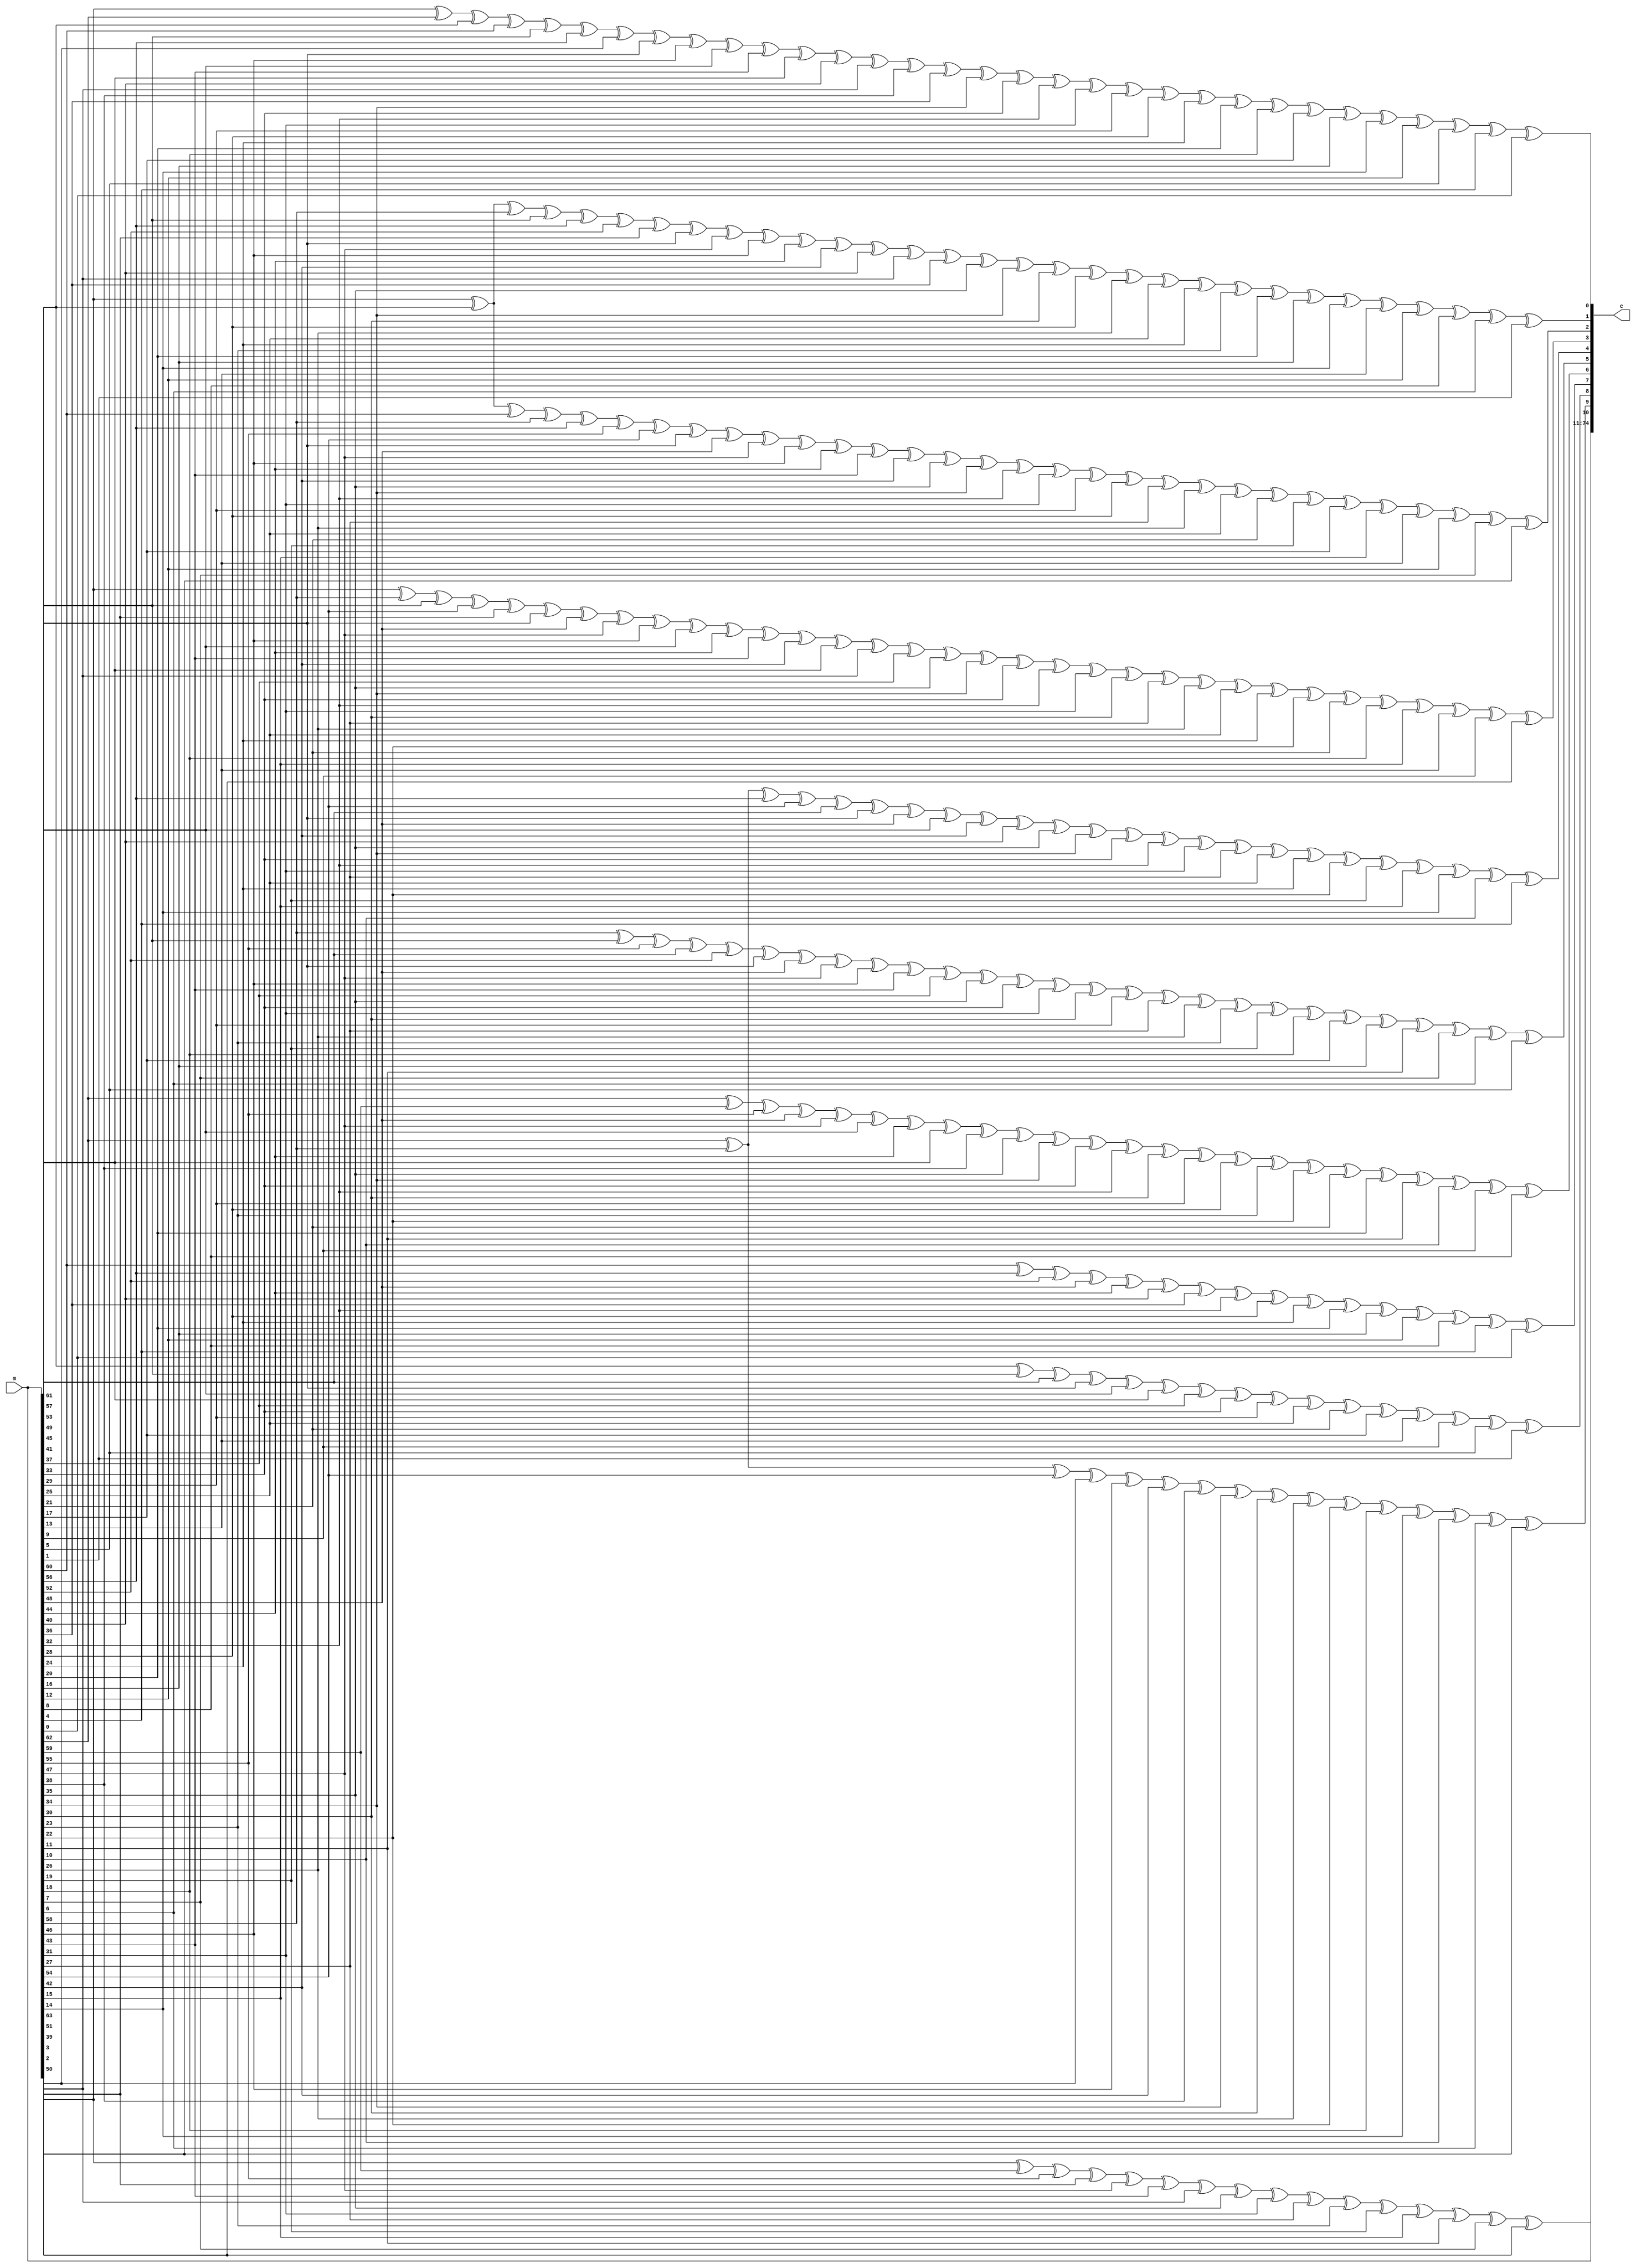
module encoder (
	input [0:63] m,
	output [0:74] c
);

	wire [0:10] p;

	assign p[0] = m[0] ^ m[4] ^ m[8] ^ m[12] ^ m[16] ^ m[20] ^ m[24] ^ m[28] ^ m[32] ^ m[36] ^ m[40] ^ m[44] ^ m[48] ^ m[52] ^ m[56] ^ m[60];
	assign p[1] = m[1] ^ m[5] ^ m[9] ^ m[13] ^ m[17] ^ m[21] ^ m[25] ^ m[29] ^ m[33] ^ m[37] ^ m[41] ^ m[45] ^ m[49] ^ m[53] ^ m[57] ^ m[61];
	assign p[2] = m[2] ^ m[6] ^ m[10] ^ m[14] ^ m[18] ^ m[22] ^ m[26] ^ m[30] ^ m[34] ^ m[38] ^ m[42] ^ m[46] ^ m[50] ^ m[54] ^ m[58] ^ m[62];
	assign p[3] = m[3] ^ m[7] ^ m[11] ^ m[15] ^ m[19] ^ m[23] ^ m[27] ^ m[31] ^ m[35] ^ m[39] ^ m[43] ^ m[47] ^ m[51] ^ m[55] ^ m[59] ^ m[63];
	assign p[4] = m[1] ^ m[4] ^ m[8] ^ m[15] ^ m[16] ^ m[18] ^ m[19] ^ m[22] ^ m[25] ^ m[28] ^ m[29] ^ m[30] ^ m[31] ^ m[33] ^ m[34] ^ m[35] ^ m[40] ^ m[41] ^ m[42] ^ m[43] ^ m[52] ^ m[53] ^ m[54] ^ m[55];
	assign p[5] = m[5] ^ m[6] ^ m[8] ^ m[10] ^ m[11] ^ m[14] ^ m[15] ^ m[16] ^ m[17] ^ m[20] ^ m[26] ^ m[28] ^ m[30] ^ m[32] ^ m[33] ^ m[34] ^ m[36] ^ m[37] ^ m[40] ^ m[44] ^ m[45] ^ m[46] ^ m[47] ^ m[52] ^ m[56] ^ m[57] ^ m[58];
	assign p[6] = m[1] ^ m[5] ^ m[7] ^ m[9] ^ m[10] ^ m[14] ^ m[15] ^ m[18] ^ m[21] ^ m[23] ^ m[28] ^ m[29] ^ m[30] ^ m[31] ^ m[32] ^ m[36] ^ m[38] ^ m[39] ^ m[41] ^ m[44] ^ m[48] ^ m[49] ^ m[53] ^ m[59];
	assign p[7] = m[0] ^ m[5] ^ m[6] ^ m[9] ^ m[12] ^ m[14] ^ m[15] ^ m[16] ^ m[17] ^ m[18] ^ m[19] ^ m[20] ^ m[21] ^ m[22] ^ m[24] ^ m[26] ^ m[28] ^ m[29] ^ m[30] ^ m[31] ^ m[32] ^ m[33] ^ m[36] ^ m[37] ^ m[38] ^ m[39] ^ m[41] ^ m[42] ^ m[45] ^ m[48] ^ m[50] ^ m[54] ^ m[60];
	assign p[8] = m[0] ^ m[2] ^ m[3] ^ m[5] ^ m[7] ^ m[8] ^ m[9] ^ m[14] ^ m[15] ^ m[16] ^ m[17] ^ m[19] ^ m[20] ^ m[21] ^ m[28] ^ m[29] ^ m[31] ^ m[32] ^ m[34] ^ m[35] ^ m[36] ^ m[37] ^ m[38] ^ m[42] ^ m[44] ^ m[46] ^ m[48] ^ m[50] ^ m[51] ^ m[56] ^ m[61];
	assign p[9] = m[0] ^ m[2] ^ m[5] ^ m[6] ^ m[7] ^ m[11] ^ m[12] ^ m[14] ^ m[16] ^ m[17] ^ m[19] ^ m[21] ^ m[23] ^ m[24] ^ m[27] ^ m[28] ^ m[29] ^ m[33] ^ m[35] ^ m[37] ^ m[38] ^ m[39] ^ m[40] ^ m[43] ^ m[47] ^ m[49] ^ m[50] ^ m[51] ^ m[55] ^ m[57] ^ m[62];
	assign p[10] = m[0] ^ m[1] ^ m[2] ^ m[3] ^ m[6] ^ m[7] ^ m[13] ^ m[14] ^ m[17] ^ m[18] ^ m[20] ^ m[22] ^ m[23] ^ m[24] ^ m[25] ^ m[27] ^ m[29] ^ m[30] ^ m[31] ^ m[32] ^ m[34] ^ m[35] ^ m[39] ^ m[43] ^ m[45] ^ m[46] ^ m[47] ^ m[49] ^ m[51] ^ m[58] ^ m[59] ^ m[63];

	assign c = {m,p};

endmodule

module decoder (
	input [0:74] c,
	output [0:63] m
);

	wire [0:10] p, s;
	wire [0:63] b, en;
	assign b = c[0:63];
	assign p = c[64:74];

	assign s[0] = p[0] ^ b[0] ^ b[4] ^ b[8] ^ b[12] ^ b[16] ^ b[20] ^ b[24] ^ b[28] ^ b[32] ^ b[36] ^ b[40] ^ b[44] ^ b[48] ^ b[52] ^ b[56] ^ b[60];
	assign s[1] = p[1] ^ b[1] ^ b[5] ^ b[9] ^ b[13] ^ b[17] ^ b[21] ^ b[25] ^ b[29] ^ b[33] ^ b[37] ^ b[41] ^ b[45] ^ b[49] ^ b[53] ^ b[57] ^ b[61];
	assign s[2] = p[2] ^ b[2] ^ b[6] ^ b[10] ^ b[14] ^ b[18] ^ b[22] ^ b[26] ^ b[30] ^ b[34] ^ b[38] ^ b[42] ^ b[46] ^ b[50] ^ b[54] ^ b[58] ^ b[62];
	assign s[3] = p[3] ^ b[3] ^ b[7] ^ b[11] ^ b[15] ^ b[19] ^ b[23] ^ b[27] ^ b[31] ^ b[35] ^ b[39] ^ b[43] ^ b[47] ^ b[51] ^ b[55] ^ b[59] ^ b[63];
	assign s[4] = p[4] ^ b[1] ^ b[4] ^ b[8] ^ b[15] ^ b[16] ^ b[18] ^ b[19] ^ b[22] ^ b[25] ^ b[28] ^ b[29] ^ b[30] ^ b[31] ^ b[33] ^ b[34] ^ b[35] ^ b[40] ^ b[41] ^ b[42] ^ b[43] ^ b[52] ^ b[53] ^ b[54] ^ b[55];
	assign s[5] = p[5] ^ b[5] ^ b[6] ^ b[8] ^ b[10] ^ b[11] ^ b[14] ^ b[15] ^ b[16] ^ b[17] ^ b[20] ^ b[26] ^ b[28] ^ b[30] ^ b[32] ^ b[33] ^ b[34] ^ b[36] ^ b[37] ^ b[40] ^ b[44] ^ b[45] ^ b[46] ^ b[47] ^ b[52] ^ b[56] ^ b[57] ^ b[58];
	assign s[6] = p[6] ^ b[1] ^ b[5] ^ b[7] ^ b[9] ^ b[10] ^ b[14] ^ b[15] ^ b[18] ^ b[21] ^ b[23] ^ b[28] ^ b[29] ^ b[30] ^ b[31] ^ b[32] ^ b[36] ^ b[38] ^ b[39] ^ b[41] ^ b[44] ^ b[48] ^ b[49] ^ b[53] ^ b[59];
	assign s[7] = p[7] ^ b[0] ^ b[5] ^ b[6] ^ b[9] ^ b[12] ^ b[14] ^ b[15] ^ b[16] ^ b[17] ^ b[18] ^ b[19] ^ b[20] ^ b[21] ^ b[22] ^ b[24] ^ b[26] ^ b[28] ^ b[29] ^ b[30] ^ b[31] ^ b[32] ^ b[33] ^ b[36] ^ b[37] ^ b[38] ^ b[39] ^ b[41] ^ b[42] ^ b[45] ^ b[48] ^ b[50] ^ b[54] ^ b[60];
	assign s[8] = p[8] ^ b[0] ^ b[2] ^ b[3] ^ b[5] ^ b[7] ^ b[8] ^ b[9] ^ b[14] ^ b[15] ^ b[16] ^ b[17] ^ b[19] ^ b[20] ^ b[21] ^ b[28] ^ b[29] ^ b[31] ^ b[32] ^ b[34] ^ b[35] ^ b[36] ^ b[37] ^ b[38] ^ b[42] ^ b[44] ^ b[46] ^ b[48] ^ b[50] ^ b[51] ^ b[56] ^ b[61];
	assign s[9] = p[9] ^ b[0] ^ b[2] ^ b[5] ^ b[6] ^ b[7] ^ b[11] ^ b[12] ^ b[14] ^ b[16] ^ b[17] ^ b[19] ^ b[21] ^ b[23] ^ b[24] ^ b[27] ^ b[28] ^ b[29] ^ b[33] ^ b[35] ^ b[37] ^ b[38] ^ b[39] ^ b[40] ^ b[43] ^ b[47] ^ b[49] ^ b[50] ^ b[51] ^ b[55] ^ b[57] ^ b[62];
	assign s[10] = p[10] ^ b[0] ^ b[1] ^ b[2] ^ b[3] ^ b[6] ^ b[7] ^ b[13] ^ b[14] ^ b[17] ^ b[18] ^ b[20] ^ b[22] ^ b[23] ^ b[24] ^ b[25] ^ b[27] ^ b[29] ^ b[30] ^ b[31] ^ b[32] ^ b[34] ^ b[35] ^ b[39] ^ b[43] ^ b[45] ^ b[46] ^ b[47] ^ b[49] ^ b[51] ^ b[58] ^ b[59] ^ b[63];

	assign en[0] = (s[4] ^ s[1]) | (s[5]) | (s[6] ^ s[1]) | (s[7] ^ s[0]) | (s[8] ^ s[0] ^ s[2] ^ s[3]) | (s[9] ^ s[0] ^ s[2]) | (s[10] ^ s[0] ^ s[1] ^ s[2] ^ s[3]);
	assign en[1] = (s[4] ^ s[1] ^ s[0]) | (s[5]) | (s[6] ^ s[1]) | (s[7]) | (s[8] ^ s[2] ^ s[3]) | (s[9] ^ s[2]) | (s[10] ^ s[1] ^ s[2] ^ s[3]);
	assign en[2] = (s[4] ^ s[0]) | (s[5] ^ s[1]) | (s[6] ^ s[1]) | (s[7] ^ s[1]) | (s[8] ^ s[2] ^ s[3] ^ s[1]) | (s[9] ^ s[2] ^ s[1]) | (s[10] ^ s[2] ^ s[3]);
	assign en[3] = (s[4] ^ s[0]) | (s[5] ^ s[1] ^ s[2]) | (s[6] ^ s[1]) | (s[7] ^ s[1] ^ s[2]) | (s[8] ^ s[3] ^ s[1]) | (s[9] ^ s[1] ^ s[2]) | (s[10] ^ s[3] ^ s[2]);
	assign en[4] = (s[4] ^ s[0]) | (s[5] ^ s[1] ^ s[2]) | (s[6] ^ s[1] ^ s[3]) | (s[7] ^ s[1] ^ s[2]) | (s[8] ^ s[1] ^ s[3]) | (s[9] ^ s[1] ^ s[2] ^ s[3]) | (s[10] ^ s[2] ^ s[3]);
	assign en[5] = (s[4] ^ s[0]) | (s[5] ^ s[1] ^ s[2] ^ s[0]) | (s[6] ^ s[1] ^ s[3]) | (s[7] ^ s[1] ^ s[2]) | (s[8] ^ s[1] ^ s[3] ^ s[0]) | (s[9] ^ s[1] ^ s[2] ^ s[3]) | (s[10] ^ s[2] ^ s[3]);
	assign en[6] = (s[4] ^ s[0]) | (s[5] ^ s[2] ^ s[0]) | (s[6] ^ s[3] ^ s[1]) | (s[7] ^ s[2] ^ s[1]) | (s[8] ^ s[3] ^ s[0] ^ s[1]) | (s[9] ^ s[2] ^ s[3]) | (s[10] ^ s[2] ^ s[3]);
	assign en[7] = (s[4] ^ s[0]) | (s[5] ^ s[0] ^ s[2]) | (s[6] ^ s[3] ^ s[1] ^ s[2]) | (s[7] ^ s[1]) | (s[8] ^ s[3] ^ s[0] ^ s[1]) | (s[9] ^ s[3]) | (s[10] ^ s[3]);
	assign en[8] = (s[4] ^ s[0]) | (s[5] ^ s[0] ^ s[2] ^ s[3]) | (s[6] ^ s[1] ^ s[2]) | (s[7] ^ s[1]) | (s[8] ^ s[0] ^ s[1]) | (s[9] ^ s[3]) | (s[10]);
	assign en[9] = (s[4]) | (s[5] ^ s[2] ^ s[3]) | (s[6] ^ s[1] ^ s[2]) | (s[7] ^ s[1] ^ s[0]) | (s[8] ^ s[1]) | (s[9] ^ s[3] ^ s[0]) | (s[10]);
	assign en[10] = (s[4]) | (s[5] ^ s[2] ^ s[3]) | (s[6] ^ s[2]) | (s[7] ^ s[0]) | (s[8]) | (s[9] ^ s[3] ^ s[0]) | (s[10] ^ s[1]);
	assign en[11] = (s[4]) | (s[5] ^ s[3] ^ s[2]) | (s[6] ^ s[2]) | (s[7] ^ s[0] ^ s[2]) | (s[8] ^ s[2]) | (s[9] ^ s[3] ^ s[0] ^ s[2]) | (s[10] ^ s[1] ^ s[2]);
	assign en[12] = (s[4] ^ s[3]) | (s[5] ^ s[2] ^ s[3]) | (s[6] ^ s[2] ^ s[3]) | (s[7] ^ s[0] ^ s[2] ^ s[3]) | (s[8] ^ s[2] ^ s[3]) | (s[9] ^ s[0] ^ s[2]) | (s[10] ^ s[1] ^ s[2]);
	assign en[13] = (s[4] ^ s[3] ^ s[0]) | (s[5] ^ s[2] ^ s[3] ^ s[0]) | (s[6] ^ s[2] ^ s[3]) | (s[7] ^ s[2] ^ s[3] ^ s[0]) | (s[8] ^ s[2] ^ s[3] ^ s[0]) | (s[9] ^ s[2] ^ s[0]) | (s[10] ^ s[1] ^ s[2]);
	assign en[14] = (s[4] ^ s[3] ^ s[0]) | (s[5] ^ s[2] ^ s[3] ^ s[0] ^ s[1]) | (s[6] ^ s[2] ^ s[3]) | (s[7] ^ s[2] ^ s[3] ^ s[0] ^ s[1]) | (s[8] ^ s[2] ^ s[3] ^ s[0] ^ s[1]) | (s[9] ^ s[2] ^ s[0] ^ s[1]) | (s[10] ^ s[2] ^ s[1]);
	assign en[15] = (s[4] ^ s[3] ^ s[0] ^ s[2]) | (s[5] ^ s[3] ^ s[0] ^ s[1]) | (s[6] ^ s[3] ^ s[2]) | (s[7] ^ s[3] ^ s[0] ^ s[1] ^ s[2]) | (s[8] ^ s[3] ^ s[0] ^ s[1]) | (s[9] ^ s[0] ^ s[1]) | (s[10] ^ s[1] ^ s[2]);
	assign en[16] = (s[4] ^ s[0] ^ s[2] ^ s[3]) | (s[5] ^ s[0] ^ s[1]) | (s[6] ^ s[2]) | (s[7] ^ s[0] ^ s[1] ^ s[2] ^ s[3]) | (s[8] ^ s[0] ^ s[1] ^ s[3]) | (s[9] ^ s[0] ^ s[1] ^ s[3]) | (s[10] ^ s[1] ^ s[2]);
	assign en[17] = (s[4] ^ s[2] ^ s[3]) | (s[5] ^ s[1] ^ s[0]) | (s[6] ^ s[2]) | (s[7] ^ s[1] ^ s[2] ^ s[3] ^ s[0]) | (s[8] ^ s[1] ^ s[3] ^ s[0]) | (s[9] ^ s[1] ^ s[3]) | (s[10] ^ s[1] ^ s[2] ^ s[0]);
	assign en[18] = (s[4] ^ s[2] ^ s[3]) | (s[5] ^ s[0]) | (s[6] ^ s[2] ^ s[1]) | (s[7] ^ s[2] ^ s[3] ^ s[0] ^ s[1]) | (s[8] ^ s[3] ^ s[0] ^ s[1]) | (s[9] ^ s[3] ^ s[1]) | (s[10] ^ s[2] ^ s[0]);
	assign en[19] = (s[4] ^ s[3] ^ s[2]) | (s[5] ^ s[0]) | (s[6] ^ s[1]) | (s[7] ^ s[3] ^ s[0] ^ s[1] ^ s[2]) | (s[8] ^ s[3] ^ s[0] ^ s[1]) | (s[9] ^ s[3] ^ s[1]) | (s[10] ^ s[0] ^ s[2]);
	assign en[20] = (s[4] ^ s[2]) | (s[5] ^ s[0]) | (s[6] ^ s[1] ^ s[3]) | (s[7] ^ s[0] ^ s[1] ^ s[2]) | (s[8] ^ s[0] ^ s[1]) | (s[9] ^ s[1] ^ s[3]) | (s[10] ^ s[0] ^ s[2] ^ s[3]);
	assign en[21] = (s[4] ^ s[2]) | (s[5]) | (s[6] ^ s[1] ^ s[3]) | (s[7] ^ s[1] ^ s[2] ^ s[0]) | (s[8] ^ s[1]) | (s[9] ^ s[1] ^ s[3] ^ s[0]) | (s[10] ^ s[2] ^ s[3] ^ s[0]);
	assign en[22] = (s[4] ^ s[2] ^ s[1]) | (s[5]) | (s[6] ^ s[3]) | (s[7] ^ s[2] ^ s[0]) | (s[8]) | (s[9] ^ s[3] ^ s[0]) | (s[10] ^ s[2] ^ s[3] ^ s[0] ^ s[1]);
	assign en[23] = (s[4] ^ s[1]) | (s[5] ^ s[2]) | (s[6] ^ s[3]) | (s[7] ^ s[0] ^ s[2]) | (s[8]) | (s[9] ^ s[3] ^ s[0]) | (s[10] ^ s[3] ^ s[0] ^ s[1]);
	assign en[24] = (s[4] ^ s[1]) | (s[5] ^ s[2]) | (s[6]) | (s[7] ^ s[0] ^ s[2]) | (s[8]) | (s[9] ^ s[0] ^ s[3]) | (s[10] ^ s[0] ^ s[1] ^ s[3]);
	assign en[25] = (s[4] ^ s[1] ^ s[0]) | (s[5] ^ s[2] ^ s[0]) | (s[6] ^ s[0]) | (s[7] ^ s[2] ^ s[0]) | (s[8] ^ s[0]) | (s[9] ^ s[3] ^ s[0]) | (s[10] ^ s[1] ^ s[3]);
	assign en[26] = (s[4] ^ s[0] ^ s[1]) | (s[5] ^ s[2] ^ s[0]) | (s[6] ^ s[0] ^ s[1]) | (s[7] ^ s[2] ^ s[0] ^ s[1]) | (s[8] ^ s[0] ^ s[1]) | (s[9] ^ s[3] ^ s[0] ^ s[1]) | (s[10] ^ s[3] ^ s[1]);
	assign en[27] = (s[4] ^ s[0] ^ s[1] ^ s[2]) | (s[5] ^ s[0] ^ s[2]) | (s[6] ^ s[0] ^ s[1] ^ s[2]) | (s[7] ^ s[0] ^ s[1] ^ s[2]) | (s[8] ^ s[0] ^ s[1]) | (s[9] ^ s[3] ^ s[0] ^ s[1]) | (s[10] ^ s[3] ^ s[1] ^ s[2]);
	assign en[28] = (s[4] ^ s[0] ^ s[1] ^ s[2] ^ s[3]) | (s[5] ^ s[0] ^ s[2]) | (s[6] ^ s[0] ^ s[1] ^ s[2] ^ s[3]) | (s[7] ^ s[0] ^ s[1] ^ s[2] ^ s[3]) | (s[8] ^ s[0] ^ s[1] ^ s[3]) | (s[9] ^ s[0] ^ s[1]) | (s[10] ^ s[1] ^ s[2] ^ s[3]);
	assign en[29] = (s[4] ^ s[1] ^ s[2] ^ s[3]) | (s[5] ^ s[2] ^ s[0]) | (s[6] ^ s[1] ^ s[2] ^ s[3] ^ s[0]) | (s[7] ^ s[1] ^ s[2] ^ s[3] ^ s[0]) | (s[8] ^ s[1] ^ s[3] ^ s[0]) | (s[9] ^ s[1]) | (s[10] ^ s[1] ^ s[2] ^ s[3] ^ s[0]);
	assign en[30] = (s[4] ^ s[2] ^ s[3] ^ s[1]) | (s[5] ^ s[2] ^ s[0] ^ s[1]) | (s[6] ^ s[2] ^ s[3] ^ s[0]) | (s[7] ^ s[2] ^ s[3] ^ s[0] ^ s[1]) | (s[8] ^ s[3] ^ s[0]) | (s[9] ^ s[1]) | (s[10] ^ s[2] ^ s[3] ^ s[0]);
	assign en[31] = (s[4] ^ s[3] ^ s[1] ^ s[2]) | (s[5] ^ s[0] ^ s[1] ^ s[2]) | (s[6] ^ s[3] ^ s[0]) | (s[7] ^ s[3] ^ s[0] ^ s[1]) | (s[8] ^ s[3] ^ s[0] ^ s[2]) | (s[9] ^ s[1]) | (s[10] ^ s[3] ^ s[0] ^ s[2]);
	assign en[32] = (s[4] ^ s[1] ^ s[2] ^ s[3]) | (s[5] ^ s[0] ^ s[1] ^ s[2]) | (s[6] ^ s[0]) | (s[7] ^ s[0] ^ s[1]) | (s[8] ^ s[0] ^ s[2] ^ s[3]) | (s[9] ^ s[1] ^ s[3]) | (s[10] ^ s[0] ^ s[2] ^ s[3]);
	assign en[33] = (s[4] ^ s[1] ^ s[2] ^ s[3]) | (s[5] ^ s[1] ^ s[2] ^ s[0]) | (s[6] ^ s[0]) | (s[7] ^ s[1] ^ s[0]) | (s[8] ^ s[2] ^ s[3] ^ s[0]) | (s[9] ^ s[1] ^ s[3]) | (s[10] ^ s[2] ^ s[3]);
	assign en[34] = (s[4] ^ s[2] ^ s[3]) | (s[5] ^ s[2] ^ s[0] ^ s[1]) | (s[6] ^ s[0]) | (s[7] ^ s[0] ^ s[1]) | (s[8] ^ s[2] ^ s[3] ^ s[0] ^ s[1]) | (s[9] ^ s[3] ^ s[1]) | (s[10] ^ s[2] ^ s[3]);
	assign en[35] = (s[4] ^ s[3]) | (s[5] ^ s[0] ^ s[1]) | (s[6] ^ s[0] ^ s[2]) | (s[7] ^ s[0] ^ s[1] ^ s[2]) | (s[8] ^ s[3] ^ s[0] ^ s[1] ^ s[2]) | (s[9] ^ s[3] ^ s[1] ^ s[2]) | (s[10] ^ s[3]);
	assign en[36] = (s[4]) | (s[5] ^ s[0] ^ s[1]) | (s[6] ^ s[0] ^ s[2] ^ s[3]) | (s[7] ^ s[0] ^ s[1] ^ s[2] ^ s[3]) | (s[8] ^ s[0] ^ s[1] ^ s[2]) | (s[9] ^ s[1] ^ s[2] ^ s[3]) | (s[10] ^ s[3]);
	assign en[37] = (s[4] ^ s[0]) | (s[5] ^ s[1] ^ s[0]) | (s[6] ^ s[2] ^ s[3]) | (s[7] ^ s[1] ^ s[2] ^ s[3]) | (s[8] ^ s[1] ^ s[2]) | (s[9] ^ s[1] ^ s[2] ^ s[3] ^ s[0]) | (s[10] ^ s[3]);
	assign en[38] = (s[4] ^ s[0] ^ s[1]) | (s[5] ^ s[0]) | (s[6] ^ s[2] ^ s[3] ^ s[1]) | (s[7] ^ s[2] ^ s[3] ^ s[1]) | (s[8] ^ s[2]) | (s[9] ^ s[2] ^ s[3] ^ s[0]) | (s[10] ^ s[3]);
	assign en[39] = (s[4] ^ s[0] ^ s[1] ^ s[2]) | (s[5] ^ s[0]) | (s[6] ^ s[3] ^ s[1]) | (s[7] ^ s[3] ^ s[1] ^ s[2]) | (s[8] ^ s[2]) | (s[9] ^ s[3] ^ s[0]) | (s[10] ^ s[3]);
	assign en[40] = (s[4] ^ s[0] ^ s[1] ^ s[2] ^ s[3]) | (s[5] ^ s[0]) | (s[6] ^ s[1]) | (s[7] ^ s[1] ^ s[2]) | (s[8] ^ s[2]) | (s[9] ^ s[0] ^ s[3]) | (s[10] ^ s[3]);
	assign en[41] = (s[4] ^ s[1] ^ s[2] ^ s[3]) | (s[5] ^ s[0]) | (s[6] ^ s[1] ^ s[0]) | (s[7] ^ s[1] ^ s[2]) | (s[8] ^ s[2] ^ s[0]) | (s[9] ^ s[3]) | (s[10] ^ s[3]);
	assign en[42] = (s[4] ^ s[2] ^ s[3]) | (s[5] ^ s[0] ^ s[1]) | (s[6] ^ s[0]) | (s[7] ^ s[2] ^ s[1]) | (s[8] ^ s[2] ^ s[0]) | (s[9] ^ s[3]) | (s[10] ^ s[3] ^ s[1]);
	assign en[43] = (s[4] ^ s[3]) | (s[5] ^ s[0] ^ s[1] ^ s[2]) | (s[6] ^ s[0]) | (s[7] ^ s[1]) | (s[8] ^ s[0] ^ s[2]) | (s[9] ^ s[3]) | (s[10] ^ s[3] ^ s[1] ^ s[2]);
	assign en[44] = (s[4]) | (s[5] ^ s[0] ^ s[1] ^ s[2] ^ s[3]) | (s[6] ^ s[0]) | (s[7] ^ s[1]) | (s[8] ^ s[0] ^ s[2]) | (s[9] ^ s[3]) | (s[10] ^ s[1] ^ s[2] ^ s[3]);
	assign en[45] = (s[4]) | (s[5] ^ s[1] ^ s[2] ^ s[3]) | (s[6] ^ s[0]) | (s[7] ^ s[1] ^ s[0]) | (s[8] ^ s[2] ^ s[0]) | (s[9] ^ s[3]) | (s[10] ^ s[1] ^ s[2] ^ s[3]);
	assign en[46] = (s[4]) | (s[5] ^ s[2] ^ s[3]) | (s[6] ^ s[0] ^ s[1]) | (s[7] ^ s[0]) | (s[8] ^ s[2] ^ s[0]) | (s[9] ^ s[3] ^ s[1]) | (s[10] ^ s[2] ^ s[3] ^ s[1]);
	assign en[47] = (s[4]) | (s[5] ^ s[3]) | (s[6] ^ s[0] ^ s[1]) | (s[7] ^ s[0] ^ s[2]) | (s[8] ^ s[0] ^ s[2]) | (s[9] ^ s[3] ^ s[1] ^ s[2]) | (s[10] ^ s[3] ^ s[1]);
	assign en[48] = (s[4]) | (s[5]) | (s[6] ^ s[0] ^ s[1]) | (s[7] ^ s[0] ^ s[2]) | (s[8] ^ s[0] ^ s[2] ^ s[3]) | (s[9] ^ s[1] ^ s[2] ^ s[3]) | (s[10] ^ s[1] ^ s[3]);
	assign en[49] = (s[4] ^ s[0]) | (s[5] ^ s[0]) | (s[6] ^ s[1]) | (s[7] ^ s[2]) | (s[8] ^ s[2] ^ s[3]) | (s[9] ^ s[1] ^ s[2] ^ s[3]) | (s[10] ^ s[1] ^ s[3]);
	assign en[50] = (s[4] ^ s[0] ^ s[1]) | (s[5] ^ s[0]) | (s[6] ^ s[1]) | (s[7] ^ s[2]) | (s[8] ^ s[2] ^ s[3]) | (s[9] ^ s[2] ^ s[3]) | (s[10] ^ s[3]);
	assign en[51] = (s[4] ^ s[0] ^ s[1] ^ s[2]) | (s[5] ^ s[0]) | (s[6] ^ s[1]) | (s[7] ^ s[2]) | (s[8] ^ s[3]) | (s[9] ^ s[3]) | (s[10] ^ s[3]);
	assign en[52] = (s[4] ^ s[0] ^ s[1] ^ s[2] ^ s[3]) | (s[5] ^ s[0]) | (s[6] ^ s[1]) | (s[7] ^ s[2]) | (s[8]) | (s[9] ^ s[3]) | (s[10]);
	assign en[53] = (s[4] ^ s[1] ^ s[2] ^ s[3]) | (s[5] ^ s[0]) | (s[6] ^ s[1]) | (s[7] ^ s[2]) | (s[8] ^ s[0]) | (s[9] ^ s[3]) | (s[10]);
	assign en[54] = (s[4] ^ s[2] ^ s[3]) | (s[5] ^ s[0] ^ s[1]) | (s[6]) | (s[7] ^ s[2]) | (s[8] ^ s[0]) | (s[9] ^ s[3] ^ s[1]) | (s[10]);
	assign en[55] = (s[4] ^ s[3]) | (s[5] ^ s[0] ^ s[1] ^ s[2]) | (s[6]) | (s[7]) | (s[8] ^ s[0]) | (s[9] ^ s[3] ^ s[1]) | (s[10] ^ s[2]);
	assign en[56] = (s[4]) | (s[5] ^ s[0] ^ s[1] ^ s[2]) | (s[6] ^ s[3]) | (s[7]) | (s[8] ^ s[0]) | (s[9] ^ s[1]) | (s[10] ^ s[2] ^ s[3]);
	assign en[57] = (s[4]) | (s[5] ^ s[1] ^ s[2]) | (s[6] ^ s[3]) | (s[7] ^ s[0]) | (s[8]) | (s[9] ^ s[1]) | (s[10] ^ s[2] ^ s[3]);
	assign en[58] = (s[4]) | (s[5] ^ s[2]) | (s[6] ^ s[3]) | (s[7] ^ s[0]) | (s[8] ^ s[1]) | (s[9]) | (s[10] ^ s[2] ^ s[3]);
	assign en[59] = (s[4]) | (s[5]) | (s[6] ^ s[3]) | (s[7] ^ s[0]) | (s[8] ^ s[1]) | (s[9] ^ s[2]) | (s[10] ^ s[3]);
	assign en[60] = (s[4]) | (s[5]) | (s[6]) | (s[7] ^ s[0]) | (s[8] ^ s[1]) | (s[9] ^ s[2]) | (s[10] ^ s[3]);
	assign en[61] = (s[4]) | (s[5]) | (s[6]) | (s[7]) | (s[8] ^ s[1]) | (s[9] ^ s[2]) | (s[10] ^ s[3]);
	assign en[62] = (s[4]) | (s[5]) | (s[6]) | (s[7]) | (s[8]) | (s[9] ^ s[2]) | (s[10] ^ s[3]);
	assign en[63] = (s[4]) | (s[5]) | (s[6]) | (s[7]) | (s[8]) | (s[9]) | (s[10] ^ s[3]);

	assign m[0] = ((~( en[0] )) & s[0]) ^ b[0];
	assign m[1] = ((~( en[1] & en[0] )) & s[1]) ^ b[1];
	assign m[2] = ((~( en[2] & en[1] & en[0] )) & s[2]) ^ b[2];
	assign m[3] = ((~( en[3] & en[2] & en[1] & en[0] )) & s[3]) ^ b[3];
	assign m[4] = ((~( en[4] & en[3] & en[2] & en[1] )) & s[0]) ^ b[4];
	assign m[5] = ((~( en[5] & en[4] & en[3] & en[2] )) & s[1]) ^ b[5];
	assign m[6] = ((~( en[6] & en[5] & en[4] & en[3] )) & s[2]) ^ b[6];
	assign m[7] = ((~( en[7] & en[6] & en[5] & en[4] )) & s[3]) ^ b[7];
	assign m[8] = ((~( en[8] & en[7] & en[6] & en[5] )) & s[0]) ^ b[8];
	assign m[9] = ((~( en[9] & en[8] & en[7] & en[6] )) & s[1]) ^ b[9];
	assign m[10] = ((~( en[10] & en[9] & en[8] & en[7] )) & s[2]) ^ b[10];
	assign m[11] = ((~( en[11] & en[10] & en[9] & en[8] )) & s[3]) ^ b[11];
	assign m[12] = ((~( en[12] & en[11] & en[10] & en[9] )) & s[0]) ^ b[12];
	assign m[13] = ((~( en[13] & en[12] & en[11] & en[10] )) & s[1]) ^ b[13];
	assign m[14] = ((~( en[14] & en[13] & en[12] & en[11] )) & s[2]) ^ b[14];
	assign m[15] = ((~( en[15] & en[14] & en[13] & en[12] )) & s[3]) ^ b[15];
	assign m[16] = ((~( en[16] & en[15] & en[14] & en[13] )) & s[0]) ^ b[16];
	assign m[17] = ((~( en[17] & en[16] & en[15] & en[14] )) & s[1]) ^ b[17];
	assign m[18] = ((~( en[18] & en[17] & en[16] & en[15] )) & s[2]) ^ b[18];
	assign m[19] = ((~( en[19] & en[18] & en[17] & en[16] )) & s[3]) ^ b[19];
	assign m[20] = ((~( en[20] & en[19] & en[18] & en[17] )) & s[0]) ^ b[20];
	assign m[21] = ((~( en[21] & en[20] & en[19] & en[18] )) & s[1]) ^ b[21];
	assign m[22] = ((~( en[22] & en[21] & en[20] & en[19] )) & s[2]) ^ b[22];
	assign m[23] = ((~( en[23] & en[22] & en[21] & en[20] )) & s[3]) ^ b[23];
	assign m[24] = ((~( en[24] & en[23] & en[22] & en[21] )) & s[0]) ^ b[24];
	assign m[25] = ((~( en[25] & en[24] & en[23] & en[22] )) & s[1]) ^ b[25];
	assign m[26] = ((~( en[26] & en[25] & en[24] & en[23] )) & s[2]) ^ b[26];
	assign m[27] = ((~( en[27] & en[26] & en[25] & en[24] )) & s[3]) ^ b[27];
	assign m[28] = ((~( en[28] & en[27] & en[26] & en[25] )) & s[0]) ^ b[28];
	assign m[29] = ((~( en[29] & en[28] & en[27] & en[26] )) & s[1]) ^ b[29];
	assign m[30] = ((~( en[30] & en[29] & en[28] & en[27] )) & s[2]) ^ b[30];
	assign m[31] = ((~( en[31] & en[30] & en[29] & en[28] )) & s[3]) ^ b[31];
	assign m[32] = ((~( en[32] & en[31] & en[30] & en[29] )) & s[0]) ^ b[32];
	assign m[33] = ((~( en[33] & en[32] & en[31] & en[30] )) & s[1]) ^ b[33];
	assign m[34] = ((~( en[34] & en[33] & en[32] & en[31] )) & s[2]) ^ b[34];
	assign m[35] = ((~( en[35] & en[34] & en[33] & en[32] )) & s[3]) ^ b[35];
	assign m[36] = ((~( en[36] & en[35] & en[34] & en[33] )) & s[0]) ^ b[36];
	assign m[37] = ((~( en[37] & en[36] & en[35] & en[34] )) & s[1]) ^ b[37];
	assign m[38] = ((~( en[38] & en[37] & en[36] & en[35] )) & s[2]) ^ b[38];
	assign m[39] = ((~( en[39] & en[38] & en[37] & en[36] )) & s[3]) ^ b[39];
	assign m[40] = ((~( en[40] & en[39] & en[38] & en[37] )) & s[0]) ^ b[40];
	assign m[41] = ((~( en[41] & en[40] & en[39] & en[38] )) & s[1]) ^ b[41];
	assign m[42] = ((~( en[42] & en[41] & en[40] & en[39] )) & s[2]) ^ b[42];
	assign m[43] = ((~( en[43] & en[42] & en[41] & en[40] )) & s[3]) ^ b[43];
	assign m[44] = ((~( en[44] & en[43] & en[42] & en[41] )) & s[0]) ^ b[44];
	assign m[45] = ((~( en[45] & en[44] & en[43] & en[42] )) & s[1]) ^ b[45];
	assign m[46] = ((~( en[46] & en[45] & en[44] & en[43] )) & s[2]) ^ b[46];
	assign m[47] = ((~( en[47] & en[46] & en[45] & en[44] )) & s[3]) ^ b[47];
	assign m[48] = ((~( en[48] & en[47] & en[46] & en[45] )) & s[0]) ^ b[48];
	assign m[49] = ((~( en[49] & en[48] & en[47] & en[46] )) & s[1]) ^ b[49];
	assign m[50] = ((~( en[50] & en[49] & en[48] & en[47] )) & s[2]) ^ b[50];
	assign m[51] = ((~( en[51] & en[50] & en[49] & en[48] )) & s[3]) ^ b[51];
	assign m[52] = ((~( en[52] & en[51] & en[50] & en[49] )) & s[0]) ^ b[52];
	assign m[53] = ((~( en[53] & en[52] & en[51] & en[50] )) & s[1]) ^ b[53];
	assign m[54] = ((~( en[54] & en[53] & en[52] & en[51] )) & s[2]) ^ b[54];
	assign m[55] = ((~( en[55] & en[54] & en[53] & en[52] )) & s[3]) ^ b[55];
	assign m[56] = ((~( en[56] & en[55] & en[54] & en[53] )) & s[0]) ^ b[56];
	assign m[57] = ((~( en[57] & en[56] & en[55] & en[54] )) & s[1]) ^ b[57];
	assign m[58] = ((~( en[58] & en[57] & en[56] & en[55] )) & s[2]) ^ b[58];
	assign m[59] = ((~( en[59] & en[58] & en[57] & en[56] )) & s[3]) ^ b[59];
	assign m[60] = ((~( en[60] & en[59] & en[58] & en[57] )) & s[0]) ^ b[60];
	assign m[61] = ((~( en[61] & en[60] & en[59] & en[58] )) & s[1]) ^ b[61];
	assign m[62] = ((~( en[62] & en[61] & en[60] & en[59] )) & s[2]) ^ b[62];
	assign m[63] = ((~( en[63] & en[62] & en[61] & en[60] )) & s[3]) ^ b[63];

endmodule